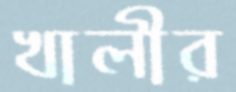
খালীর